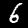
Label: 6